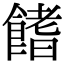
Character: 𩝙